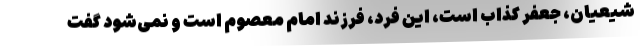
شیعیان، جعفر کذاب است، این فرد، فرزند امام معصوم است و نمی‌شود گفت